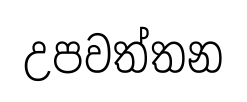
උපවත්තන